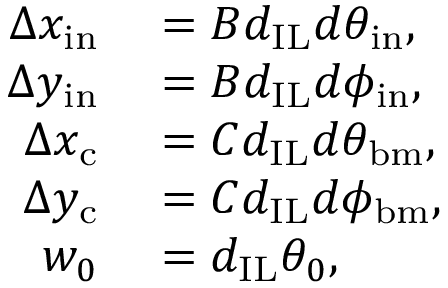
\begin{array} { r l } { \Delta x _ { \mathrm { i n } } } & { { } = B d _ { \mathrm { I L } } d \theta _ { \mathrm { i n } } , } \\ { \Delta y _ { \mathrm { i n } } } & { { } = B d _ { \mathrm { I L } } d \phi _ { \mathrm { i n } } , } \\ { \Delta x _ { \mathrm { c } } } & { { } = C d _ { \mathrm { I L } } d \theta _ { \mathrm { b m } } , } \\ { \Delta y _ { \mathrm { c } } } & { { } = C d _ { \mathrm { I L } } d \phi _ { \mathrm { b m } } , } \\ { w _ { 0 } } & { { } = d _ { \mathrm { I L } } \theta _ { 0 } , } \end{array}